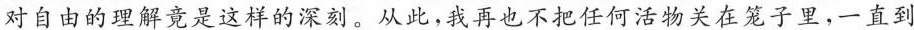
对自由的理解竟是这样的深刻。从此，我再也不把任何活物关在笼子里，一直到